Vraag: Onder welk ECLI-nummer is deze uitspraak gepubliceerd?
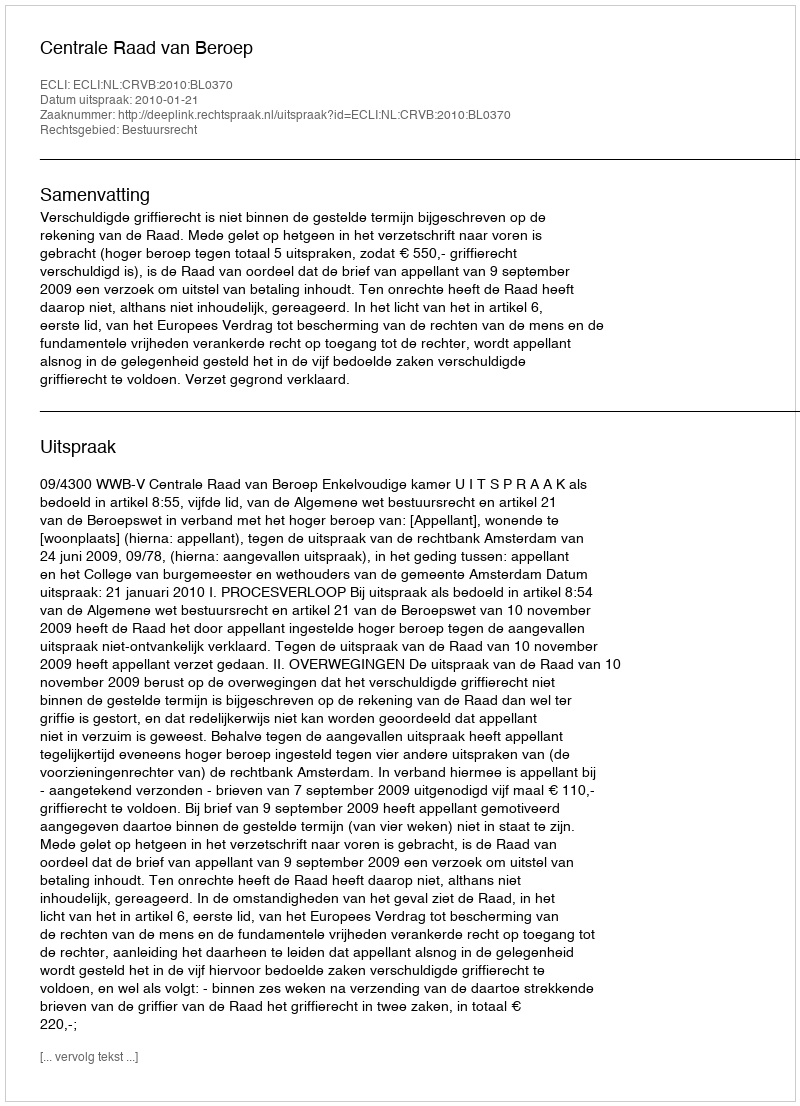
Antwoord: ECLI:NL:CRVB:2010:BL0370